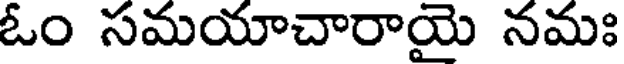
ఓం సమయాచారాయై నమః